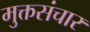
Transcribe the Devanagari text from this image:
मुक्तसंचार